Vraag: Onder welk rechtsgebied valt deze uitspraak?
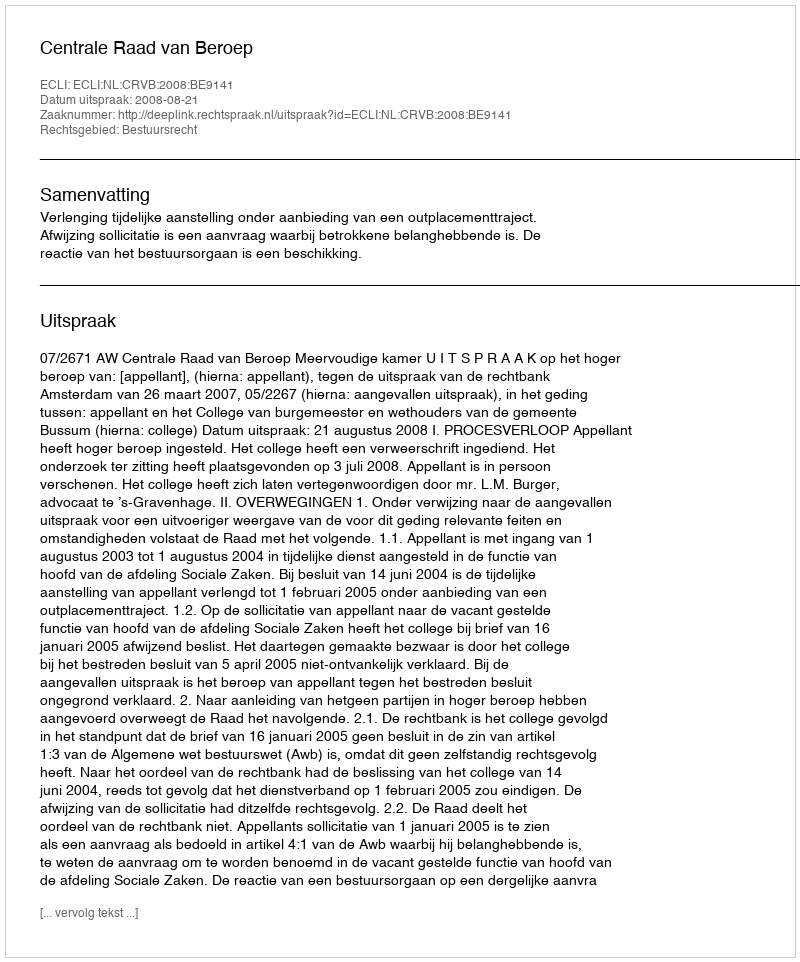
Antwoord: Bestuursrecht